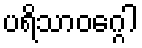
ပရိသာဝဂ္ဂေါ